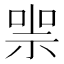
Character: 𠸱